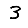
Digit: 3